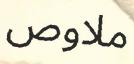
ملاوص